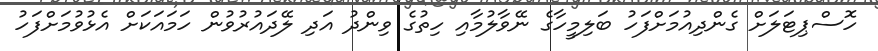
ހޮސްޕިޓަލަށް ގެންދިއުމަށްފަހު ބަލިމީހާގެ ނޭވާލުމާއި ހިތުގެ ވިންދު އަދި ލޭދައުރުވުން ހަމައަކަށް އެޅުވުމަށްފަހު